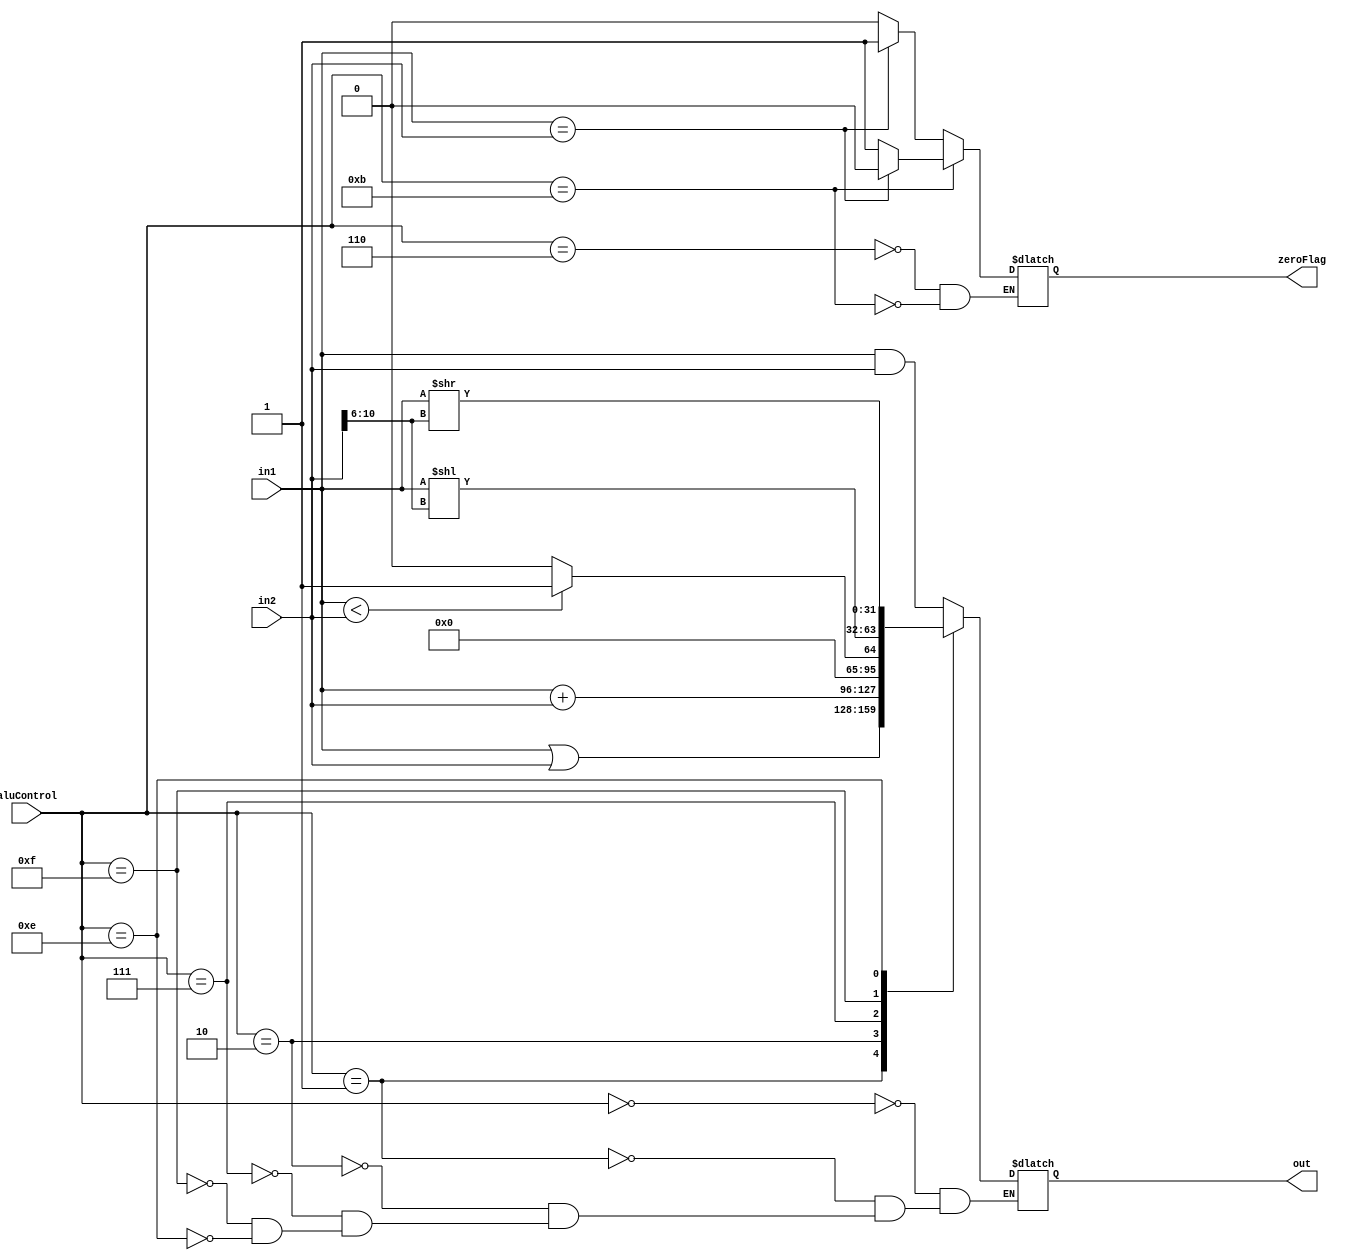
/**
* This is the ALU implementation from the lab 
* and it is not complete
*/


module alu(out, zeroFlag, in1, in2, aluControl);

    input[31: 0] in1, in2;
    input[3: 0] aluControl;
    output reg[31: 0] out;
    output reg zeroFlag;
    always @(in1, in2, aluControl)
    begin
        case (aluControl) 
        4'b 0000: out = in1 & in2  ; // and 
        4'b 0001: out = in1 | in2  ;  // or
        4'b 0010: out = in1 + in2  ; // lw sw
        4'b 0110: if (in1 == in2)   begin zeroFlag = 1;
                    end
                else  zeroFlag = 0;   // beq
        4'b 0111: out = (in1 < in2) ? 1 : 0  ; // slt
        4'b 1111: out =  in1 << in2 [10:6];  // Shift left   
        4'b 1110: out = in1 >> in2[10:6];    // shift right
        4'b 1011: if (in1 == in2)   begin zeroFlag = 0;
                    end
                else zeroFlag = 1; // bne
            
        endcase 
    end 
endmodule